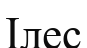
Ілес